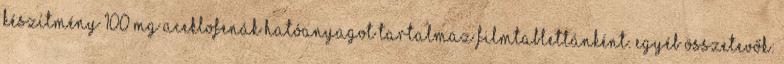
készítmény 100 mg aceklofenák hatóanyagot tartalmaz filmtablettánként. Egyéb összetevők: